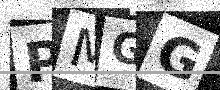
Text: PMGG